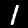
Label: 1